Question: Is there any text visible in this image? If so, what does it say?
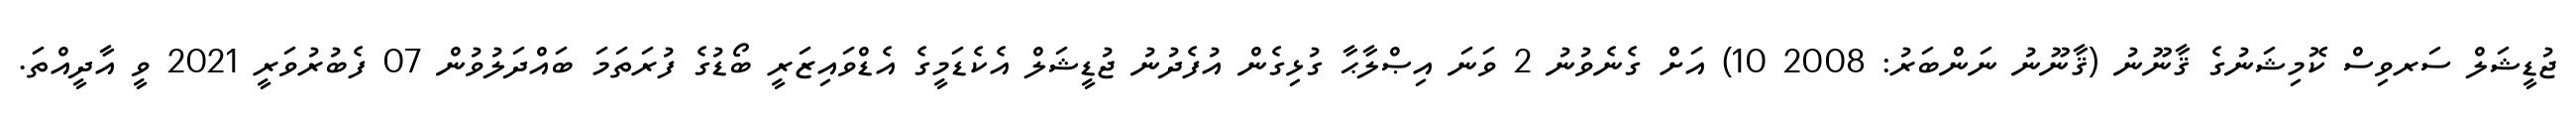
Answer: ޖުޑީޝަލް ސަރވިސް ކޮމިޝަނުގެ ޤާނޫނު (ޤާނޫނު ނަންބަރު: 2008 10) އަށް ގެނެވުނު 2 ވަނަ އިޞްލާޙާ ގުޅިގެން އުފެދުނު ޖުޑީޝަލް އެކެޑަމީގެ އެޑްވައިޒަރީ ބޯޑުގެ ފުރަތަމަ ބައްދަލުވުން 07 ފެބުރުވަރީ 2021 ވީ އާދީއްތަ.